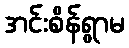
အင်းစိန်ရွာမ